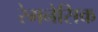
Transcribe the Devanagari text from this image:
रेमनेसिक